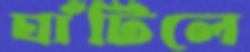
ঘাঁটিলে